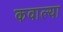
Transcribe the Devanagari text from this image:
कवाल्या